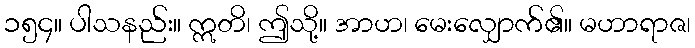
၁၅၄။ ပါသနည်း။ ဣတိ၊ ဤသို့။ အာဟ၊ မေးလျှောက်၏။ မဟာရာဇ၊